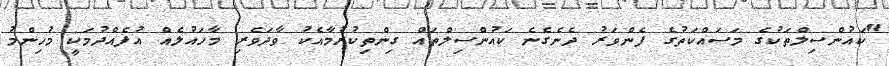
"ކައުންސިލްތަކުގެ މަސައްކަތުގެ ފެންވަރު ދެނެގެނެ ކައުންސިލްތައް ގިންތިކުރުމާއެކު ވާދަވެރި މާހައުލެއް އުފެއްދުމަކީ މުހިންމު